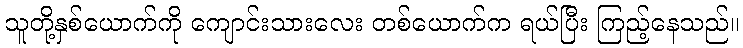
သူတို့နှစ်ယောက်ကို ကျောင်းသားလေး တစ်ယောက်က ရယ်ပြီး ကြည့်နေသည်။